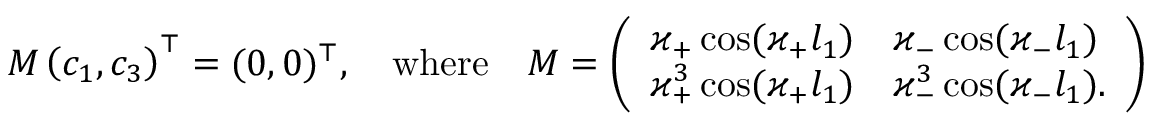
M \left( c _ { 1 } , c _ { 3 } \right) ^ { \top } = ( 0 , 0 ) ^ { \top } , \quad \mathrm { w h e r e } \quad M = \left( \begin{array} { l l } { \varkappa _ { + } \cos ( \varkappa _ { + } l _ { 1 } ) } & { \varkappa _ { - } \cos ( \varkappa _ { - } l _ { 1 } ) } \\ { \varkappa _ { + } ^ { 3 } \cos ( \varkappa _ { + } l _ { 1 } ) } & { \varkappa _ { - } ^ { 3 } \cos ( \varkappa _ { - } l _ { 1 } ) . } \end{array} \right)